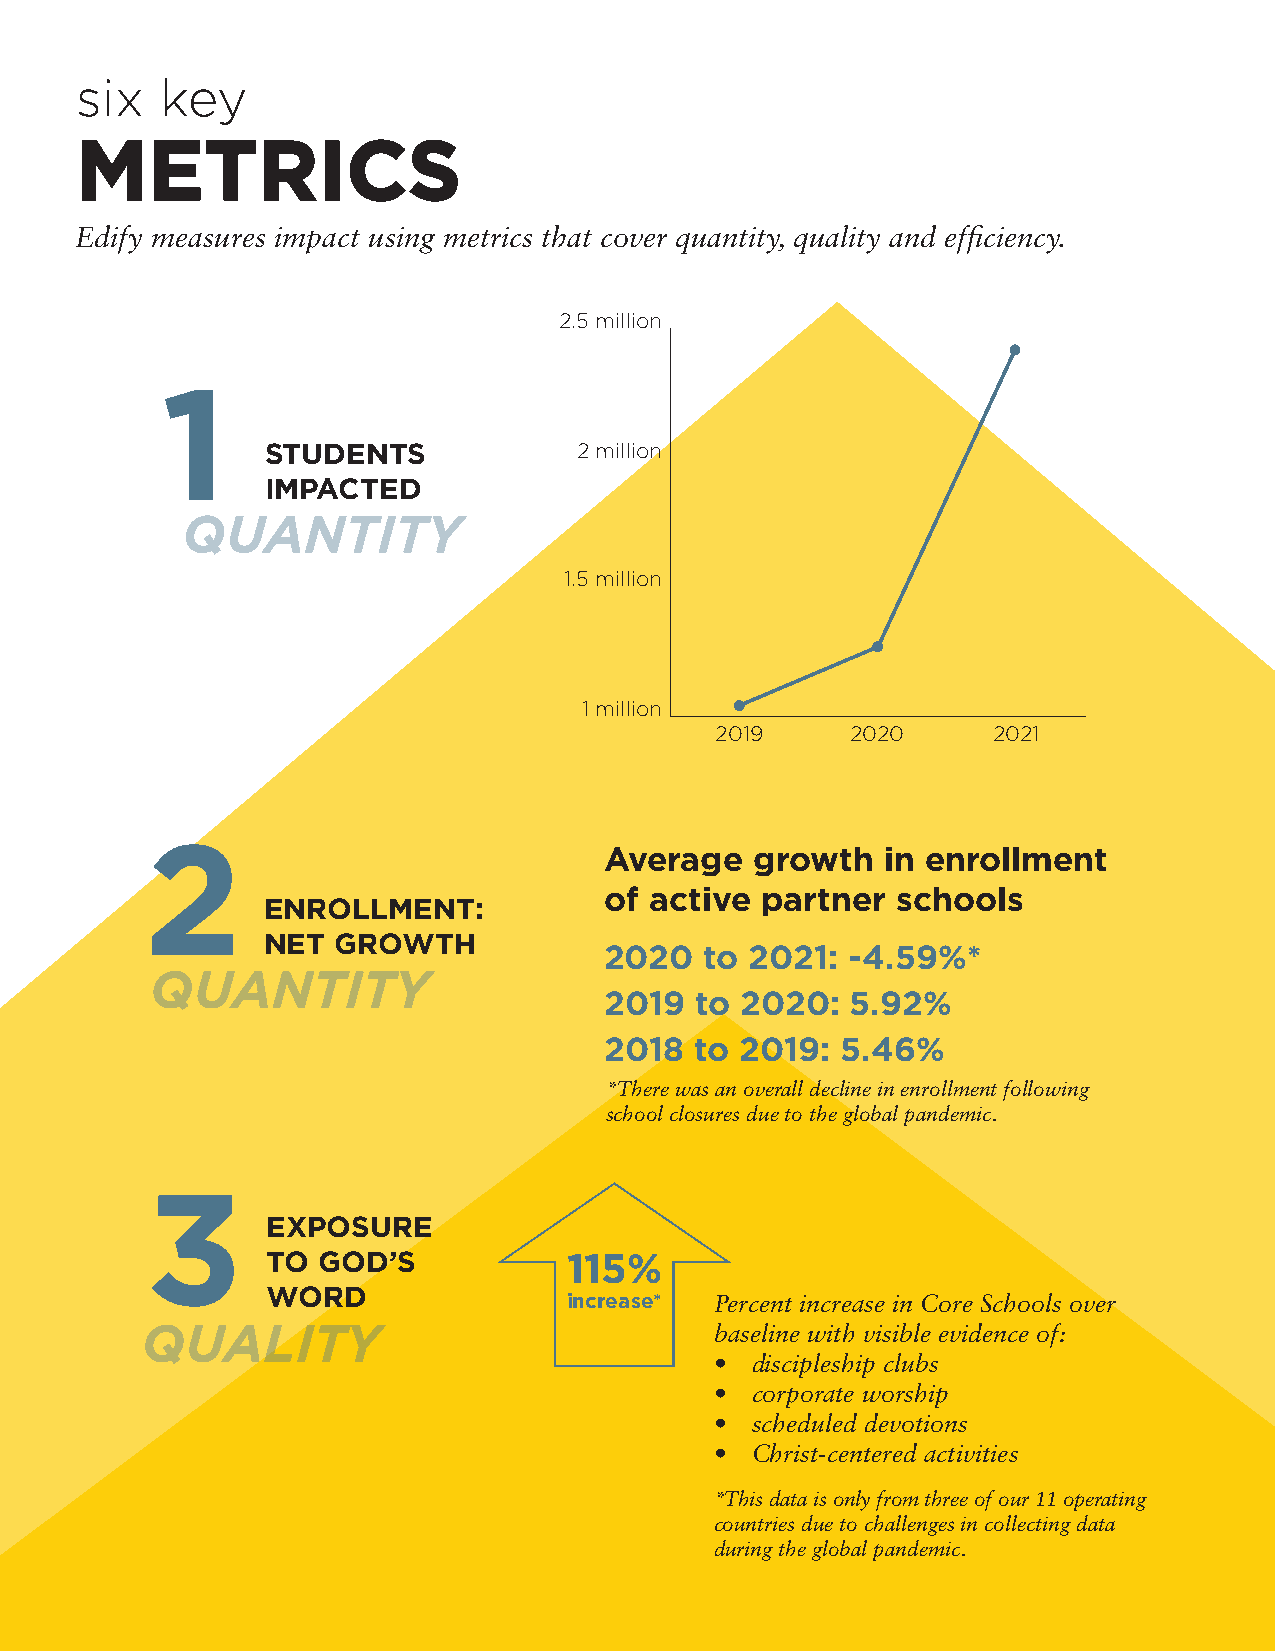
six   key
 MMEETTRRIICCSS
 Edify measures impact using metrics that cover quantity, quality and efficiency.
 2.5 million
 1
 STUDENTS            2 million
 IMPACTED
 QUANTITY
 1.5 million
 1 million
 2019     2020      2021
 2                             Average   growth   in enrollment
 of active partner  schools
 ENROLLMENT:
 NET GROWTH
 2020   to 2021: -4.59%*
 QUANTITY
 2019  to 2020:  5.92%
 2018  to 2019:  5.46%
 *There was an overall decline in enrollment following
 school closures due to the global pandemic.
 3
 EXPOSURE
 TO GOD’S            115%
 WORD                increase* Percent increase in Core Schools over
 QUALITY                               baseline with visible evidence of:
 •  discipleship clubs
 •  corporate worship
 •  scheduled devotions
 •  Christ-centered activities
 *This data is only from three of our 11 operating
 countries due to challenges in collecting data
 during the global pandemic.
 12
 2021 ANNUAL REPORT |